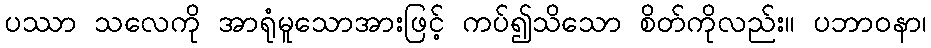
ပဿာ သလေကို အာရုံမူသောအားဖြင့် ကပ်၍သိသော စိတ်ကိုလည်း။ ပဘာဝနာ၊